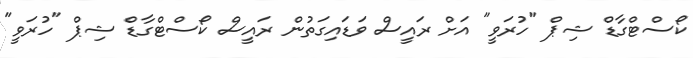
ކޯސްޓްގާޑް ޝިޕް "ހުރަވީ" އަށް ރައީސް ވަޑައިގަތުން ރައީސް ކޯސްޓްގާޑް ޝިޕް "ހުރަވީ"